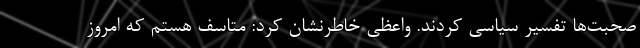
صحبت‌ها تفسیر سیاسی کردند. واعظی خاطرنشان کرد: متاسف هستم که امروز